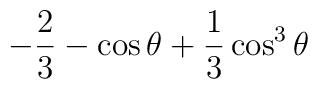
-\frac{2}{3} - \cos \theta + \frac{1}{3} \cos^3 \theta